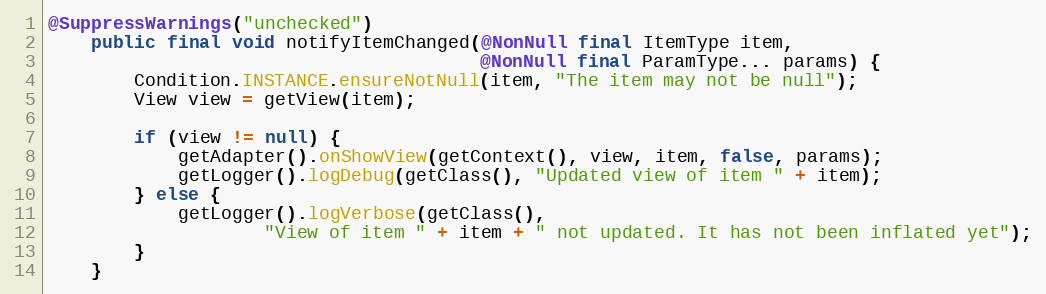
Language: Java
@SuppressWarnings("unchecked")
    public final void notifyItemChanged(@NonNull final ItemType item,
                                        @NonNull final ParamType... params) {
        Condition.INSTANCE.ensureNotNull(item, "The item may not be null");
        View view = getView(item);

        if (view != null) {
            getAdapter().onShowView(getContext(), view, item, false, params);
            getLogger().logDebug(getClass(), "Updated view of item " + item);
        } else {
            getLogger().logVerbose(getClass(),
                    "View of item " + item + " not updated. It has not been inflated yet");
        }
    }